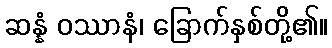
ဆန္နံ ဝဿာနံ၊ ခြောက်နှစ်တို့၏။